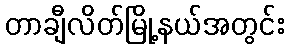
တာချီလိတ်မြို့နယ်အတွင်း